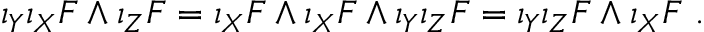
\iota _ { Y } \iota _ { X } F \wedge \iota _ { Z } F = \iota _ { X } F \wedge \iota _ { X } F \wedge \iota _ { Y } \iota _ { Z } F = \iota _ { Y } \iota _ { Z } F \wedge \iota _ { X } F ~ .